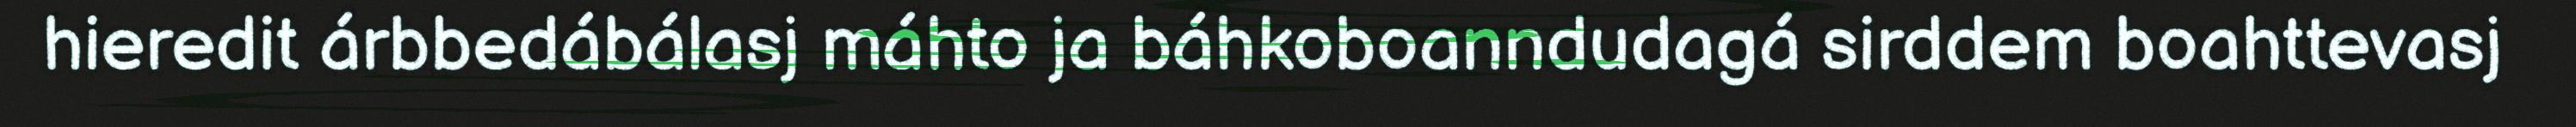
hieredit árbbedábálasj máhto ja báhkoboanndudagá sirddem boahttevasj